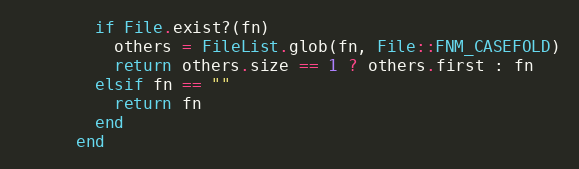
Language: Ruby
        if File.exist?(fn)
          others = FileList.glob(fn, File::FNM_CASEFOLD)
          return others.size == 1 ? others.first : fn
        elsif fn == ""
          return fn
        end
      end